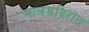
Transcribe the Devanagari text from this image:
बालमंदिरांत